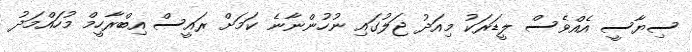
ސިޔާސީ އެއްވެސް ލީޑަރަކު މިއަދު ޖަލުގައި ނުހުންނާނެ ކަމަށް ރައީސް އިބްރާހީމް މުހައްމަދު